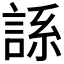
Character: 𫌾